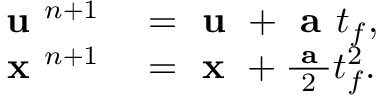
\begin{array} { r l } { \textbf { u } ^ { n + 1 } } & { { } = \textbf { u } + \textbf { a } t _ { f } , } \\ { \textbf { x } ^ { n + 1 } } & { { } = \textbf { x } + \frac { \textbf { a } } { 2 } t _ { f } ^ { 2 } . } \end{array}